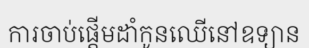
ការចាប់ផ្តើមដាំកូនឈើនៅឧទ្យាន